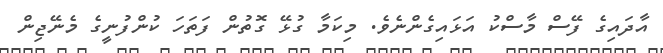
އާދައިގެ ފޭސް މާސްކު އަޅައިގެންނެވެ. މިކަމާ ގުޅޭ ގޮތުން ފަތަހަ ކުންފުނީގެ މެނޭޖިން